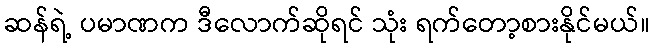
ဆန်ရဲ့ ပမာဏက ဒီလောက်ဆိုရင် သုံး ရက်တော့စားနိုင်မယ်။